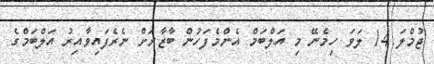
ޖުމްލަ 14 ލަވަ ހިމެނޭ މި އަލްބަމް އެންމެފަހުން ބާޒާރަށް ނެރެފައިވާއިރު އަލްބަމްގެ